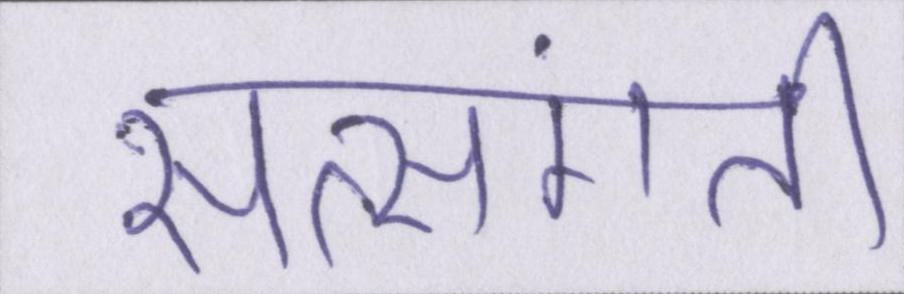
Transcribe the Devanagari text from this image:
सत्संगति